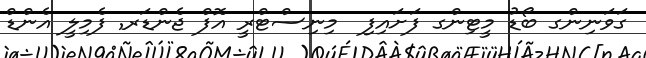
ގަވަނިންގ ބޯޑު މީޓިންގ ފަށައިފި  މިނިސްޓްރީ އޮފް ޖެންޑަރ